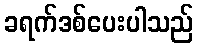
ခရက်ဒစ်ပေးပါသည်